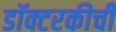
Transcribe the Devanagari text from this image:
डॉक्टरकीची